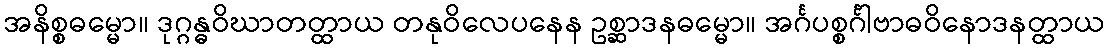
အနိစ္စဓမ္မော။ ဒုဂ္ဂန္ဓဝိဃာတတ္ထာယ တနုဝိလေပနေန ဥစ္ဆာဒနဓမ္မော။ အင်္ဂပစ္စင်္ဂါဗာဓဝိနောဒနတ္ထာယ